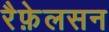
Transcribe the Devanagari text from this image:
रैफ़ेलसन